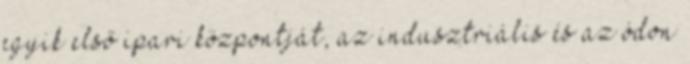
egyik első ipari központját, az indusztriális és az ódon